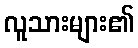
လူသားများ၏